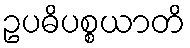
ဥပဓိပစ္စယာတိ